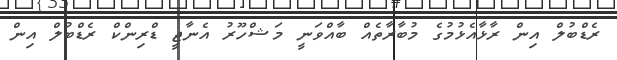
ރެޑްބުލް އިން ރާޅާއެޅުމުގެ މުބާރާތެއް ބާއްވަނީ މަޝްހޫރު އެނާޖީ ޑްރިންކް ރެޑްބުލް އިން